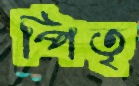
পিতৃ